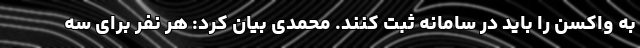
به واکسن را باید در سامانه ثبت کنند. محمدی بیان کرد: هر نفر برای سه